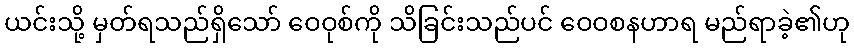
ယင်းသို့ မှတ်ရသည်ရှိသော် ဝေဝုစ်ကို သိခြင်းသည်ပင် ဝေဝစနဟာရ မည်ရာခဲ့၏ဟု